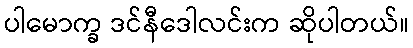
ပါမောက္ခ ဒင်နီဒေါလင်းက ဆိုပါတယ်။